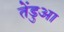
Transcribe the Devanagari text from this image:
तेंडुआ